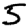
Digit: 5